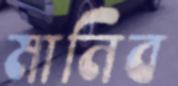
মানিব